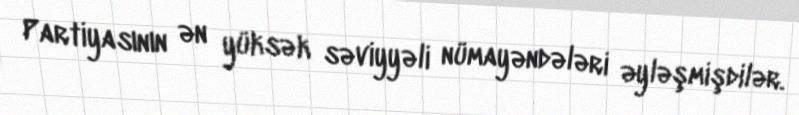
Partiyasının ən yüksək səviyyəli nümayəndələri əyləşmişdilər.